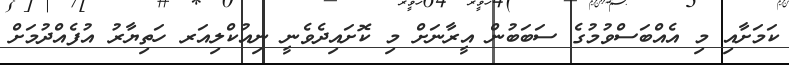
ކަމަށާއި މި އެއްބަސްވުމުގެ ސަބަބުން އީރާނަށް މި ކޮށައިދެވެނީ ނިއުކްލިއަރ ހަތިޔާރު އުފެއްދުމަށް